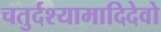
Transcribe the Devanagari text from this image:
चतुर्दश्यामादिदेवो